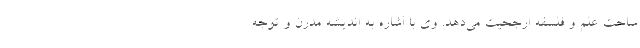
ساحت علم و فلسفه ارجحیت می‌دهد. وی با اشاره به اندیشه مدرن و توجه